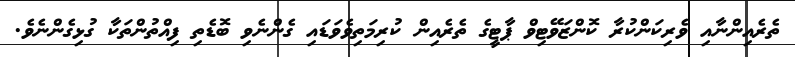
ތެރެއިންނާއި ވެރިކަންކުރާ ކޮންޒަވޭޓިވް ޕާޓީގެ ތެރެއިން ކުރިމަތިވެވަޑައި ގެންނެވި ބޮޑެތި ފިއްތުންތަކާ ގުޅިގެންނެވެ.